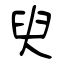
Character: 臾